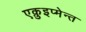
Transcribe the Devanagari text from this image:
एक़ुइप्मेन्त